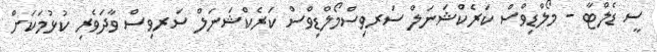
ސީ ޑެލްޓާ - މޯލްޑިވްސް ކަރެކްޝަނަލް ސަރވިސްމޯލްޑިވްސް ކަރެކްޝަނަލް ސަރވިސް ވާދަވެރި ކުޅުމަކަށް